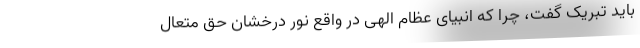
باید تبریک گفت، چرا که انبیای عظام الهی در واقع نور درخشان حق متعال